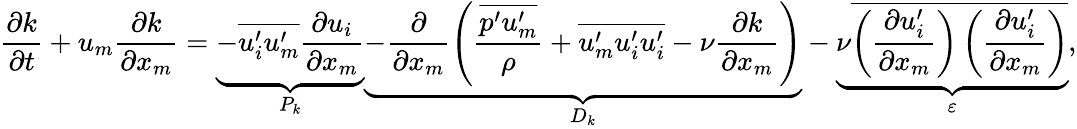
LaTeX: \frac{\partial k}{\partial t}+u_{m}\frac{\partial k}{\partial x_{m}}=\underbrace{-\overline{{u_{i}^{\prime}u_{m}^{\prime}}}\frac{\partial u_{i}}{\partial x_{m}}}_{P_{k}}\underbrace{-\frac{\partial}{\partial x_{m}}\left(\frac{\overline{{p^{\prime}u_{m}^{\prime}}}}{\rho}+\overline{{u_{m}^{\prime}u_{i}^{\prime}u_{i}^{\prime}}}-\nu\frac{\partial k}{\partial x_{m}}\right)}_{D_{k}}-\underbrace{\nu\overline{{\left(\frac{\partial u_{i}^{\prime}}{\partial x_{m}}\right)\left(\frac{\partial u_{i}^{\prime}}{\partial x_{m}}\right)}}}_{\varepsilon},